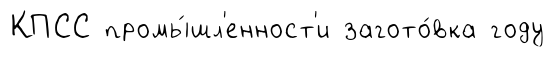
КПСС промы́шл'енност'и загото́вка году